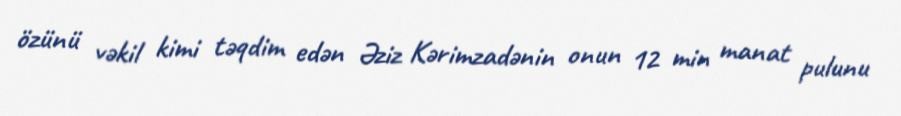
özünü vəkil kimi təqdim edən Əziz Kərimzadənin onun 12 min manat pulunu